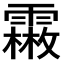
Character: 𩅤